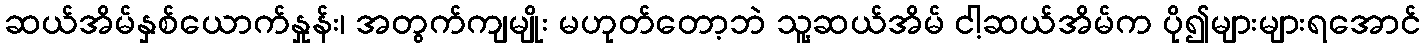
ဆယ်အိမ်နှစ်ယောက်နှုန်း၊ အတွက်ကျမျိုး မဟုတ်တော့ဘဲ သူ့ဆယ်အိမ် ငါ့ဆယ်အိမ်က ပို၍များများရအောင်